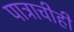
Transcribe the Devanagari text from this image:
पात्राचीही